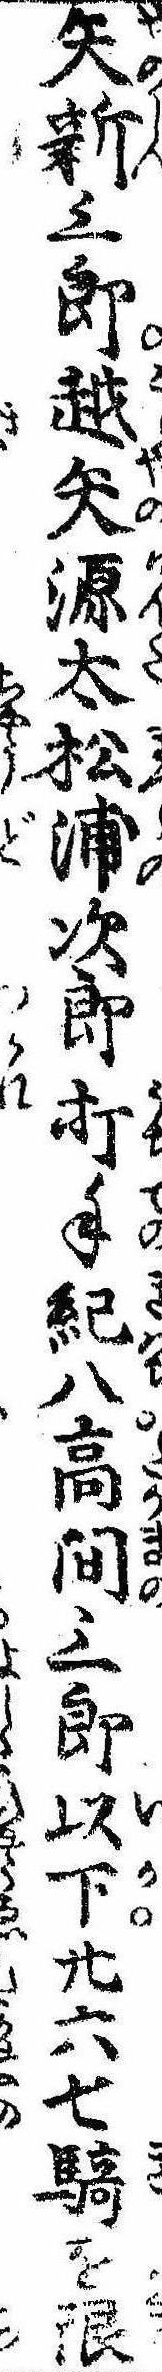
矢新三郎越矢源太松浦次郎打手紀八高間三郎以下廿六七騎を限